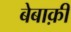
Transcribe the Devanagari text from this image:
बेबाक़ी